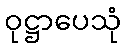
ဝုဋ္ဌာပေသုံ